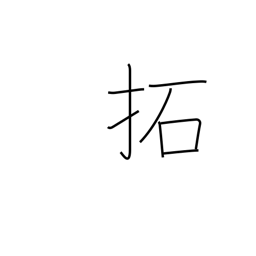
Meaning: break up (land)